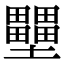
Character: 壨